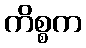
ကိစ္စက